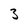
Character: 3